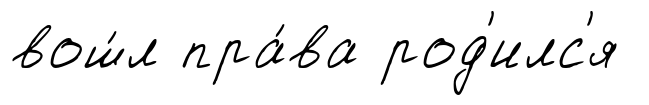
вош́л пра́ва род'илс'я